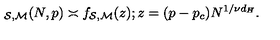
\protectu _ { { \cal { S } } , { \cal { M } } } ( N , p ) \asymp f _ { { \cal { S } } , { \cal { M } } } ( z ) ; z = ( p - p _ { c } ) N ^ { 1 / \nu d _ { H } } .